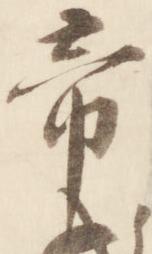
帝